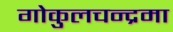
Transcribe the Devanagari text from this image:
गोकुलचन्द्रमा